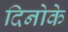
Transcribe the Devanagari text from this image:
दिनोके